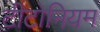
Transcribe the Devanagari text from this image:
टीटोनियम